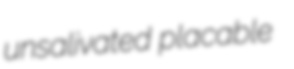
unsalivated placable